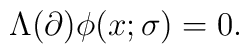
\Lambda (\partial )\phi (x;\sigma )=0.